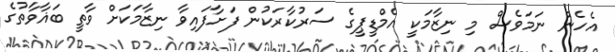
އެހެން ނަމަވެސް މި ނިޒާމަކީ އެމްޑީޕީގެ ސަރުކާރަކުން ފަށާފައިވާ ނިޒާމަކަށް ވާތީ ބަޣާވާތުގެ